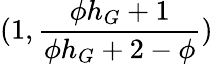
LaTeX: (1,\frac{\phi h_{G}+1}{\phi h_{G}+2-\phi})